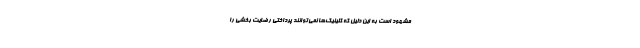
مشهود است به این دلیل که کلینیک‌ها نمی‌توانند پرداختی رضایت بخشی را